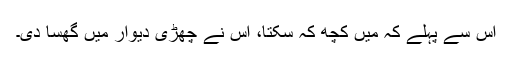
اس سے پہلے کہ میں کچھ کہ سکتا، اس نے چھڑی دیوار میں گھسا دی۔